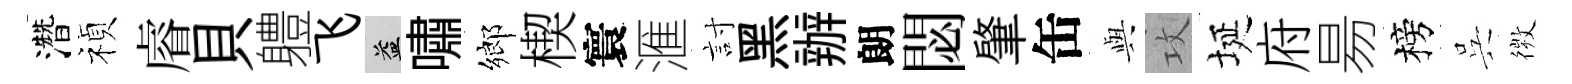
濳禎𥈠貝軆飞益嘯鄉楔寰滙討黑辦朗閟肇缶𫤰攻埏府昜榜呉𢕄